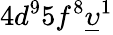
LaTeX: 4d^{9}5f^{8}\underline{{\upsilon}}^{1}